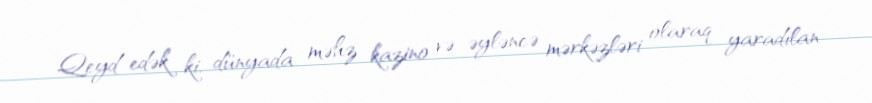
Qeyd edək ki, dünyada məhz kazino və əyləncə mərkəzləri olaraq yaradılan